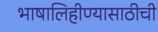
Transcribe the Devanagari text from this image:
भाषालिहीण्यासाठीची